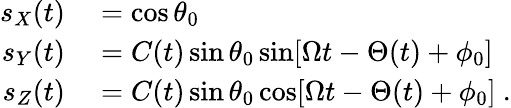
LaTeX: \begin{array}{rl}{s_{X}(t)}&{{}=\cos\theta_{0}}\\ {s_{Y}(t)}&{{}=C(t)\sin\theta_{0}\sin[\Omega t-\Theta(t)+\phi_{0}]}\\ {s_{Z}(t)}&{{}=C(t)\sin\theta_{0}\cos[\Omega t-\Theta(t)+\phi_{0}]\ .}\end{array}